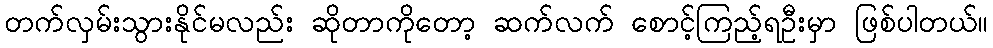
တက်လှမ်းသွားနိုင်မလည်း ဆိုတာကိုတော့ ဆက်လက် စောင့်ကြည့်ရဦးမှာ ဖြစ်ပါတယ်။